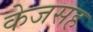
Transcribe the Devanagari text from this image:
केजसह